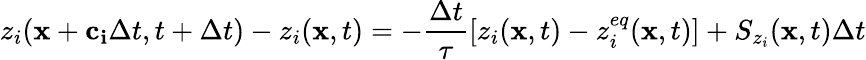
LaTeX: z_{i}(\mathbf{x}+\mathbf{c_{i}}\Delta t,t+\Delta t)-z_{i}(\mathbf{x},t)=-\frac{\Delta t}{\tau}\left[z_{i}(\mathbf{x},t)-z_{i}^{eq}(\mathbf{x},t)\right]+S_{z_{i}}(\mathbf{x},t)\Delta t